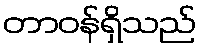
တာဝန်ရှိသည်